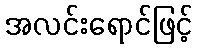
အလင်းရောင်ဖြင့်